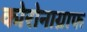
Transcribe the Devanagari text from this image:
कोरोनाग्राफ